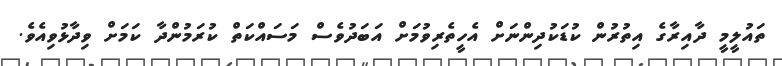
ތައުލީމީ ދާއިރާގެ އިތުރުން ކުޑަކުދިންނަށް އެހީތެރިވުމަށް އަބަދުވެސް މަސައްކަތް ކުރަމުންދާ ކަމަށް ވިދާޅުވިއެވެ.